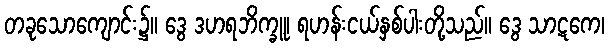
တခုသောကျောင်း၌။ ဒွေ ဒဟရဘိက္ခူ၊ ရဟန်းငယ်နှစ်ပါးတို့သည်။ ဒွေ သာဋကေ၊